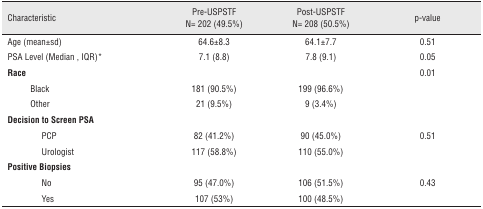
<table><thead><tr><td colspan="2"><b>Characteristic</b></td><td><b>Pre-USPSTFN= 202 (49.5%)</b></td><td><b>Post-USPSTFN= 208 (50.5%)</b></td><td><b>p-value</b></td></tr></thead><tbody><tr><td colspan="2">Age (mean±sd)</td><td>64.6±8.3</td><td>64.1±7.7</td><td>0.51</td></tr><tr><td colspan="2">PSA Level (Median, IQR)*</td><td>7.1 (8.8)</td><td>7.8 (9.1)</td><td>0.05</td></tr><tr><td colspan="2"><b>Race</b></td><td></td><td></td><td>0.01</td></tr><tr><td></td><td>Black</td><td>181 (90.5%)</td><td>199 (96.6%)</td><td></td></tr><tr><td></td><td>Other</td><td>21 (9.5%)</td><td>9 (3.4%)</td><td></td></tr><tr><td colspan="5"><b>Decision to Screen PSA</b></td></tr><tr><td></td><td>PCP</td><td>82 (41.2%)</td><td>90 (45.0%)</td><td>0.51</td></tr><tr><td></td><td>Urologist</td><td>117 (58.8%)</td><td>110 (55.0%)</td><td></td></tr><tr><td colspan="5"><b>Positive Biopsies</b></td></tr><tr><td></td><td>No</td><td>95 (47.0%)</td><td>106 (51.5%)</td><td>0.43</td></tr><tr><td></td><td>Yes</td><td>107 (53%)</td><td>100 (48.5%)</td><td></td></tr></tbody></table>